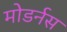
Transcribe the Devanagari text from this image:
मोडर्नस